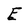
Character: E